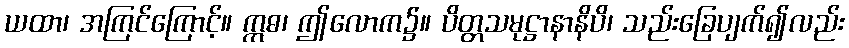
ယထာ၊ အကြင်ကြောင့်။ ဣဓ၊ ဤလောက၌။ ပိတ္တသမုဋ္ဌာနာနိပိ၊ သည်းခြေပျက်၍လည်း